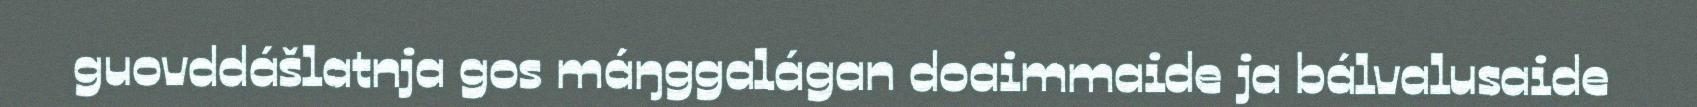
guovddášlatnja gos máŋggalágan doaimmaide ja bálvalusaide